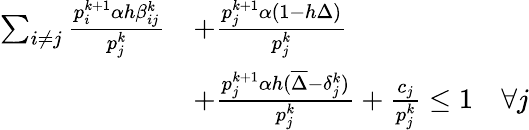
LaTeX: \begin{array}{rl}{\sum_{i\neq j}\frac{p_{i}^{k+1}\alpha h\beta_{ij}^{k}}{p_{j}^{k}}}&{+\frac{p_{j}^{k+1}\alpha\left(1-h\Delta\right)}{p_{j}^{k}}}\\ &{+\frac{p_{j}^{k+1}\alpha h(\overline{{\Delta}}-\delta_{j}^{k})}{p_{j}^{k}}+\frac{c_{j}}{p_{j}^{k}}\leq 1\quad\forall j}\end{array}